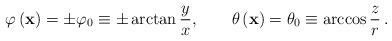
LaTeX: \begin{align*}\varphi \left({\bf x}\right) = \pm \varphi_{0}\equiv \pm \arctan \frac{y}{x} ,\qquad \theta \left({\bf x}\right) = \theta_{0}\equiv\arccos \frac{z}{r}\, . \end{align*}